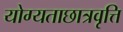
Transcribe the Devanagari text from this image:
योग्यताछात्रवृत्ति